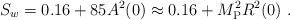
\begin{align*}S_w = 0.16 + 85 A^2(0) \approx 0.16 + M_{\rm P}^2 R^2(0) \ .\end{align*}